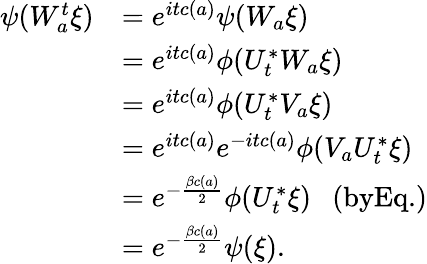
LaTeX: \begin{array}{rl}{\psi(W_{a}^{t}\xi)}&{=e^{itc(a)}\psi(W_{a}\xi)}\\ &{=e^{itc(a)}\phi(U_{t}^{*}W_{a}\xi)}\\ &{=e^{itc(a)}\phi(U_{t}^{*}V_{a}\xi)}\\ &{=e^{itc(a)}e^{-itc(a)}\phi(V_{a}U_{t}^{*}\xi)}\\ &{=e^{-\frac{\beta c(a)}{2}}\phi(U_{t}^{*}\xi)~~~(\textrm{byEq.})}\\ &{=e^{-\frac{\beta c(a)}{2}}\psi(\xi).}\end{array}